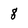
Character: 8